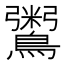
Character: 𪆀